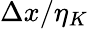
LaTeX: \Delta x/\eta_{K}